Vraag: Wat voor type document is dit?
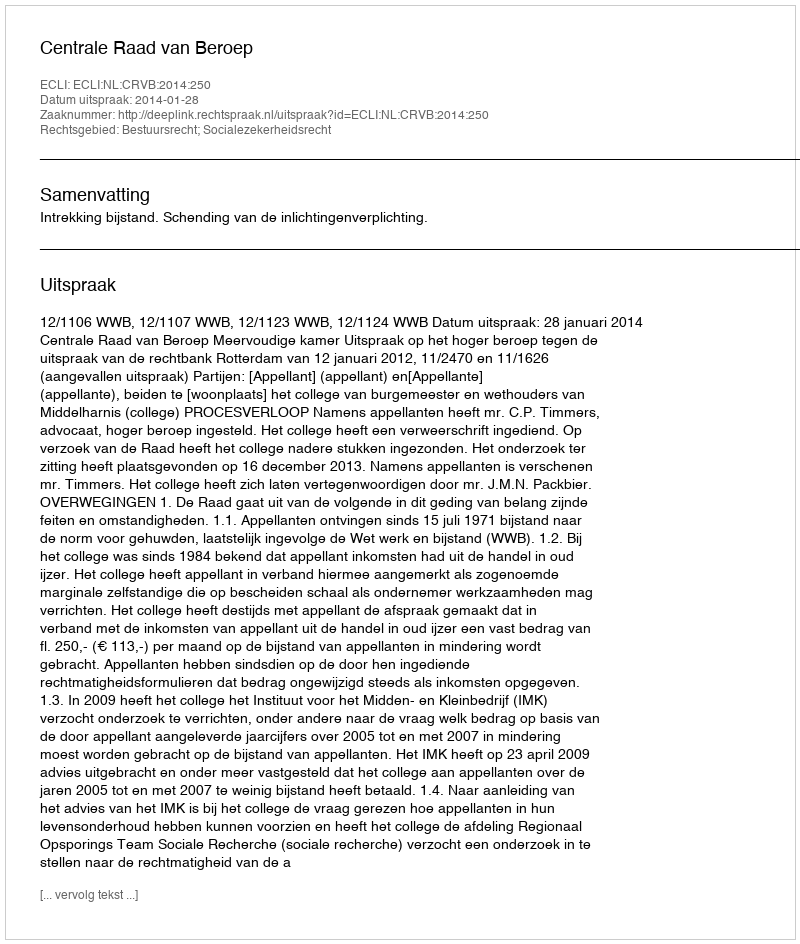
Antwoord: Uitspraak